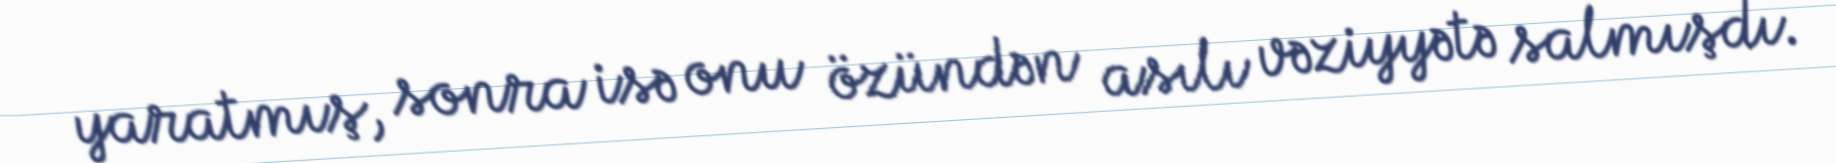
yaratmış, sonra isə onu özündən asılı vəziyyətə salmışdı.